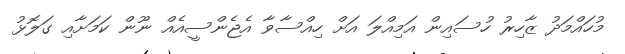
މުހައްމަދު ޒާހިރު ހުސައިން އަމިއްލަ އަށް ހިއްސާވާ އެޖެންސީއެއް ނޫން ކަމަށާއި ގަލޮޅު